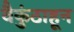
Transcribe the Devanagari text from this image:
वैकुंठाहून